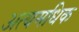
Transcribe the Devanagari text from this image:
अत्यमधिक